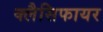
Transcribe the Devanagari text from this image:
क्लैसिफायर